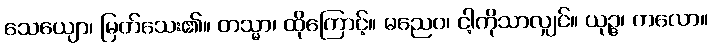
သေယျော၊ မြတ်သေး၏။ တသ္မာ၊ ထိုကြောင့်။ မညေဝ၊ ငါ့ကိုသာလျှင်။ ယုဉ္ဇ၊ ကလော။